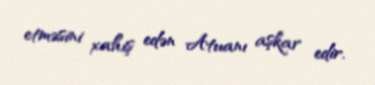
etməsini xahiş edən Atuanı aşkar edir.